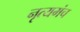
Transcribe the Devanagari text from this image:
नृत्यमंच